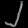
Digit: ၂